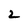
Character: 2